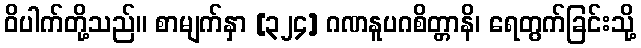
ဝိပါက်တို့သည်။ စာမျက်နှာ [၃၂၄] ဂဏနူပဂစိတ္တာနိ၊ ရေတွက်ခြင်းသို့